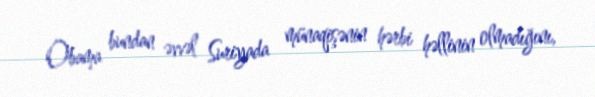
Obama bundan əvvəl Suriyada münaqişənin hərbi həllinin olmadığını,